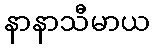
နာနာသီမာယ